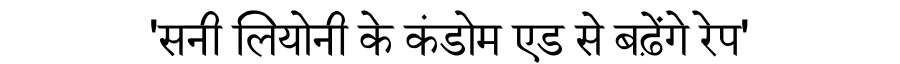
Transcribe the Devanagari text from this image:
'सनी लियोनी के कंडोम एड से बढ़ेंगे रेप'